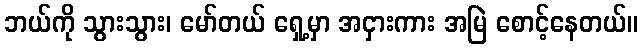
ဘယ်ကို သွားသွား၊ မော်တယ် ရှေ့မှာ အငှားကား အမြဲ စောင့်နေတယ်။